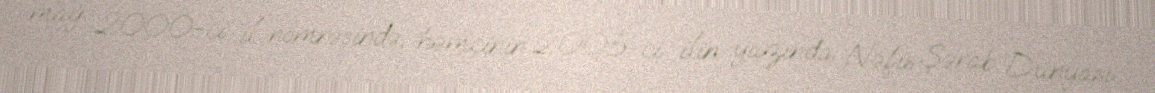
may 2000-ci il nömrəsində, həmçinin 2005-ci ilin yazında Nəfis Şərab Dünyası